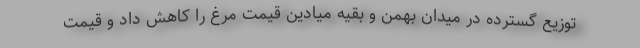
توزیع گسترده در میدان بهمن و بقیه میادین قیمت مرغ را کاهش داد و قیمت